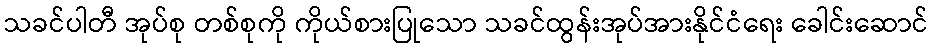
သခင်ပါတီ အုပ်စု တစ်စုကို ကိုယ်စားပြုသော သခင်ထွန်းအုပ်အားနိုင်ငံရေး ခေါင်းဆောင်